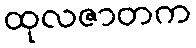
ထုလဇာတက